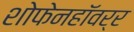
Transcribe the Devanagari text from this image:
शोफेनहॉवर्र